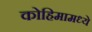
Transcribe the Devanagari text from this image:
कोहिमामध्ये